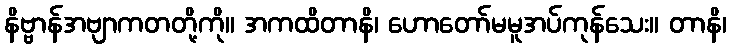
နိဗ္ဗာန်အဗျာကတတို့ကို။ အကထိတာနိ၊ ဟောတော်မမူအပ်ကုန်သေး။ တာနိ၊